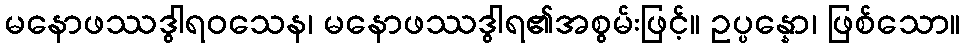
မနောဖဿဒွါရဝသေန၊ မနောဖဿဒွါရ၏အစွမ်းဖြင့်။ ဥပ္ပန္နော၊ ဖြစ်သော။